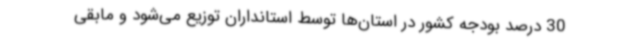
30 درصد بودجه کشور در استان‌ها توسط استانداران توزیع می‌شود و مابقی